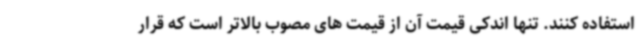
استفاده کنند. تنها اندکی قیمت آن از قیمت های مصوب بالاتر است که قرار